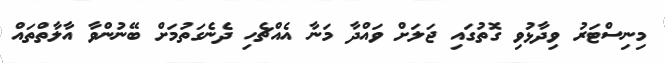
މިނިސްޓަރު ވިދާޅުވި ގޮތުގައި ޖަލަށް ވައްދާ މަނާ އެއްޗެހި ދެނެގަތުމަށް ބޭނުންވާ އާލާތްތައް